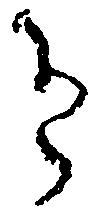
有